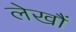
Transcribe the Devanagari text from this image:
लेखौं